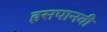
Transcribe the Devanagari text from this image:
हसपानवी